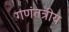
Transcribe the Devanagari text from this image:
गणंतत्रीय